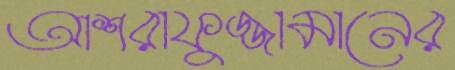
আশরাফুজ্জামানের